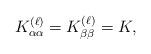
LaTeX: \begin{align*} K_{\alpha\alpha}^{(\ell)} = K_{\beta\beta}^{(\ell)} = K,\end{align*}